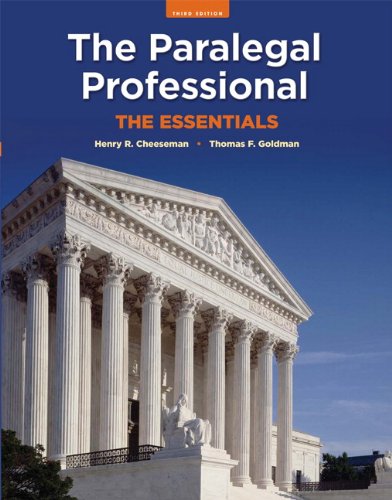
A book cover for The Paralegal Professional: The Essentials (3rd Edition); Thomas F. Goldman; Business & Money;